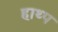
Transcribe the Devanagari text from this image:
हाथ्प